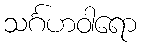
သင်္ဂဟဝါရော